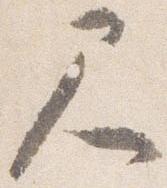
尺